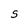
Character: S